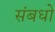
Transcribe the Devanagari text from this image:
संबधो